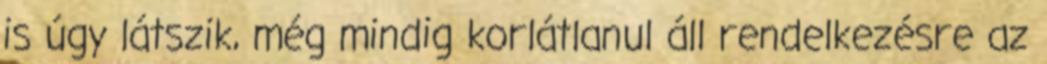
is úgy látszik, még mindig korlátlanul áll rendelkezésre az